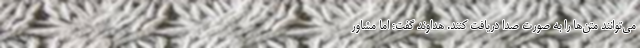
می‌توانند متن‌ها را به صورت صدا دریافت کنند. هداوند گفت:‌ اما مشاور